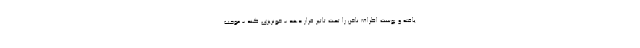
یافته و پوست اطراف ناخن را تحت تاثیر قرار دهد - خونریزی کند - موجب